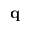
\mathbf { q }